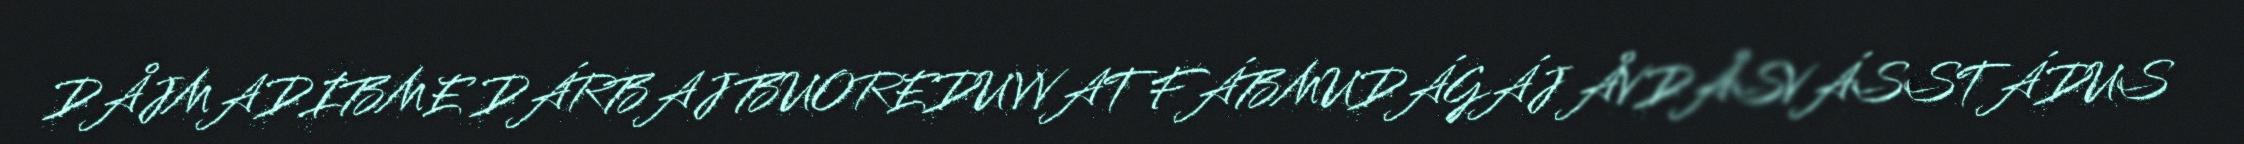
DÅJMADIBME DÁRBAJ BUOREDUVVAT FÁBMUDÁGÁJ ÅVDÅSVÁSSTÁDUS